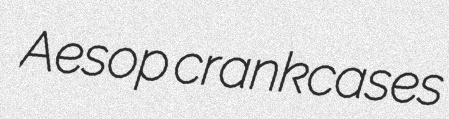
Aesop crankcases